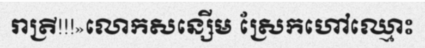
រាត្រី!!!»លោកសន្សើម ស្រែកហៅឈ្មោះ